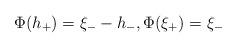
LaTeX: \begin{align*}\Phi(h_+)=\xi_--h_-, \Phi(\xi_+)=\xi_-\end{align*}